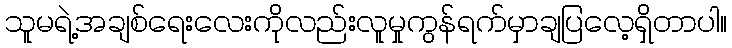
သူမရဲ့အချစ်ရေးလေးကိုလည်းလူမှုကွန်ရက်မှာချပြလေ့ရှိတာပါ။